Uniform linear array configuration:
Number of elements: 8
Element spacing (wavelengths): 1
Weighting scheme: hamming
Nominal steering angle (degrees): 0
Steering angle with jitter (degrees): -1.071
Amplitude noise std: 0.05
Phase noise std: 0.05

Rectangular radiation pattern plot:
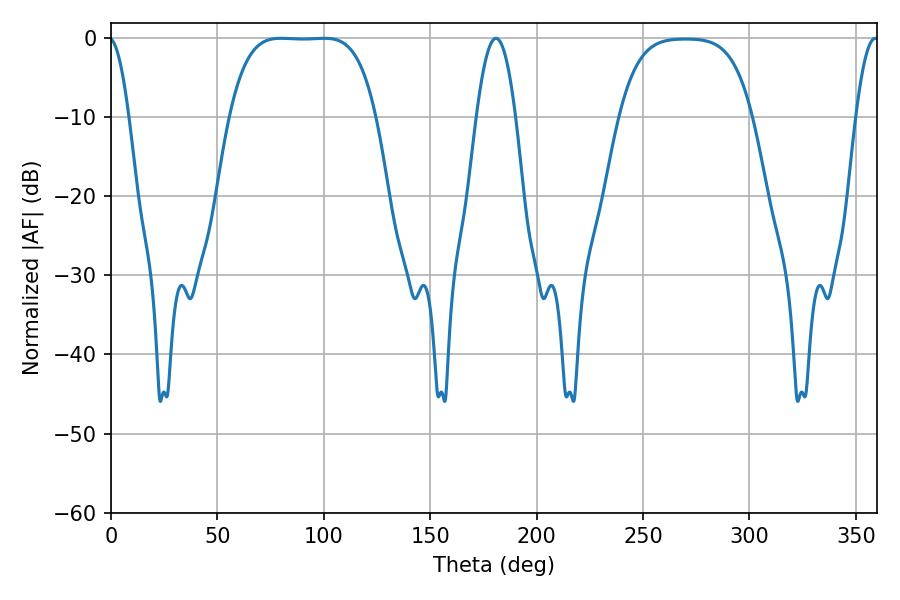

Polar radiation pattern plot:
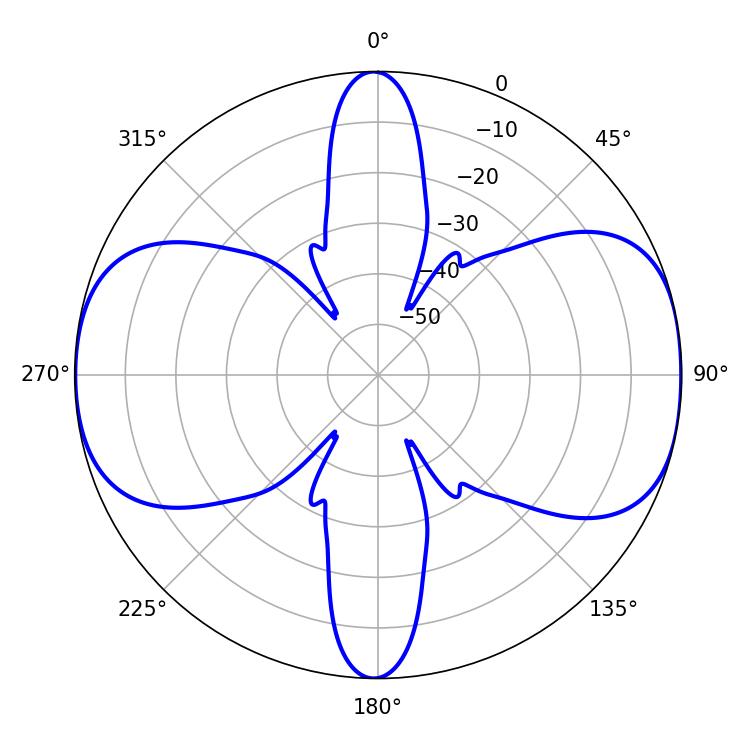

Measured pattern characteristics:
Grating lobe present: TRUE
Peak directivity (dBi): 11.372
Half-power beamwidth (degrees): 10.08
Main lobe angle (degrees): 180.9